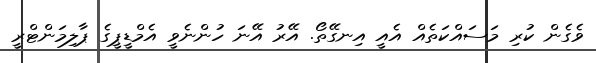
ވެގެން ކުރި މަސައްކަތެއް އެއީ އިނގޭތޯ. އޭރު އޭނަ ހުންނެވީ އެމްޑީޕީގެ ޕާލިމަންޓްރީ